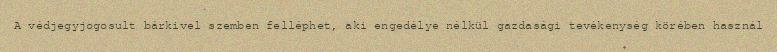
A védjegyjogosult bárkivel szemben felléphet, aki engedélye nélkül gazdasági tevékenység körében használ